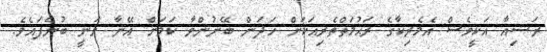
ރަޝިއާ އަކީވެސް އެމެރިކާގެ ރަޙުމަތްތެރިއަކަަށް ހަދަން ބޭނުންވާ ކަމަށް އޭނާ ވަނީ ބުނެފައެވެ.